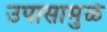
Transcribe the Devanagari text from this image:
उपासामुळे